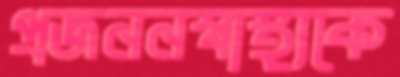
প্রজননস্বাস্থ্যকে